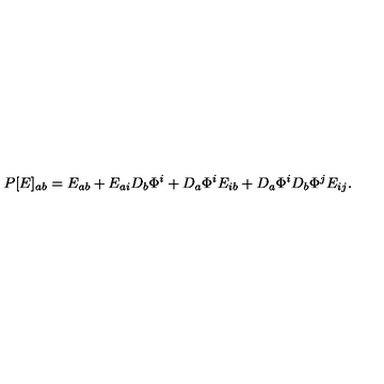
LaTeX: P [ E ] _ { a b } = E _ { a b } + E _ { a i } D _ { b } \Phi ^ { i } + D _ { a } \Phi ^ { i } E _ { i b } + D _ { a } \Phi ^ { i } D _ { b } \Phi ^ { j } E _ { i j } .